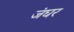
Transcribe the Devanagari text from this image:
जंघर